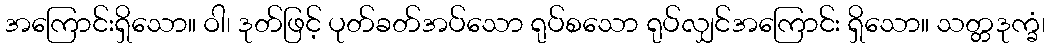
အကြောင်းရှိသော။ ဝါ၊ ဒုတ်ဖြင့် ပုတ်ခတ်အပ်သော ရုပ်စသော ရုပ်လျှင်အကြောင်း ရှိသော။ သတ္တဒုက္ခံ၊